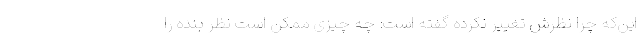
این‌که چرا نظرش تغییر نکرده گفته است: چه چیزی ممکن است نظر بنده را